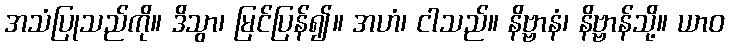
အသံပြုသည်ကို။ ဒိသွာ၊ မြင်ပြန်၍။ အဟံ၊ ငါသည်။ နိဗ္ဗာနံ၊ နိဗ္ဗာန်သို့။ ယာဝ